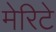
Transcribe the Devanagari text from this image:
मेरिटे